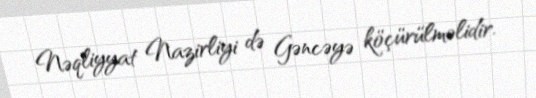
Nəqliyyat Nazirliyi də Gəncəyə köçürülməlidir.